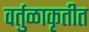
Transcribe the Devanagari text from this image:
वर्तुळाकृतीत